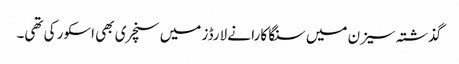
گذشتہ سیزن میں سنگا کارا نے لارڈز میں سنچری بھی اسکور کی تھی۔